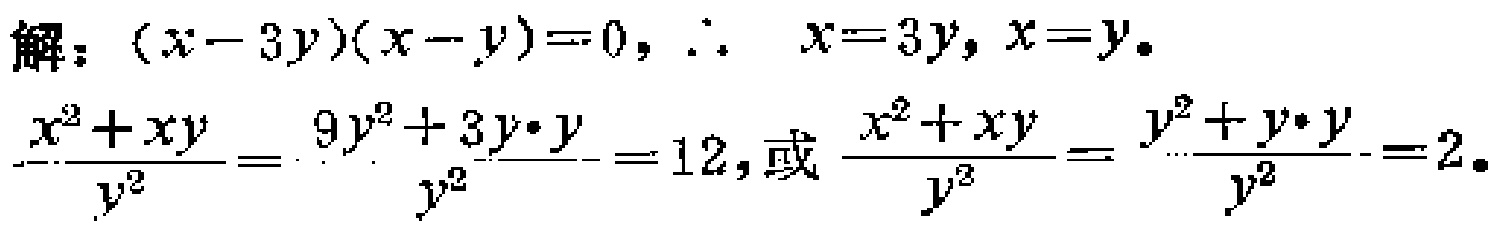
解：\((x - 3y)(x - y)=0, \therefore x = 3y, x = y\)。

\(\frac{x^{2}+xy}{y^{2}}=\frac{9y^{2}+3y\cdot y}{y^{2}} = 12,\)或\(\frac{x^{2}+xy}{y^{2}}=\frac{y^{2}+y\cdot y}{y^{2}} = 2\)。